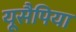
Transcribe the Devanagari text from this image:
यूसैपिया